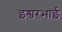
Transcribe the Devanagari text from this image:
इश्वरभाई